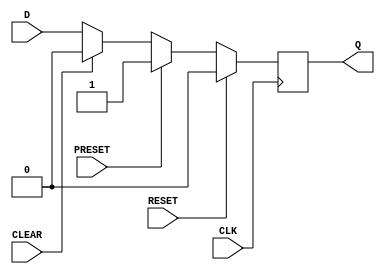
module d_flip_flop (
    input D,
    input CLK,
    input RESET,
    input PRESET,
    input CLEAR,
    output reg Q
);

always @(posedge CLK) begin
    if (RESET) begin
        Q <= 1'b0;
    end else if (PRESET) begin
        Q <= 1'b1;
    end else if (CLEAR) begin
        Q <= 1'b0;
    end else begin
        Q <= D;
    end
end

endmodule